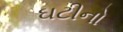
ઘટીનો